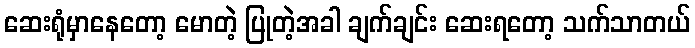
ဆေးရုံမှာနေတော့ မောတဲ့ ပြုတဲ့အခါ ချက်ချင်း ဆေးရတော့ သက်သာတယ်